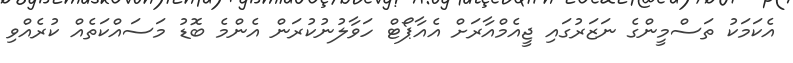
އެކަމަކު ތަސްމީންގެ ނަޒަރުގައި ޖީއެމްއާރަށް އެއާޕޯޓް ހަވާލުނުކުރަން އެންމެ ބޮޑު މަސައްކަތެއް ކުރެއްވި